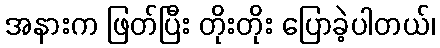
အနားက ဖြတ်ပြီး တိုးတိုး ပြောခဲ့ပါတယ်၊